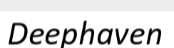
Deephaven